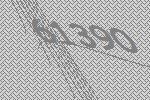
61390